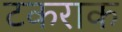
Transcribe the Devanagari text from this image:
टकराक